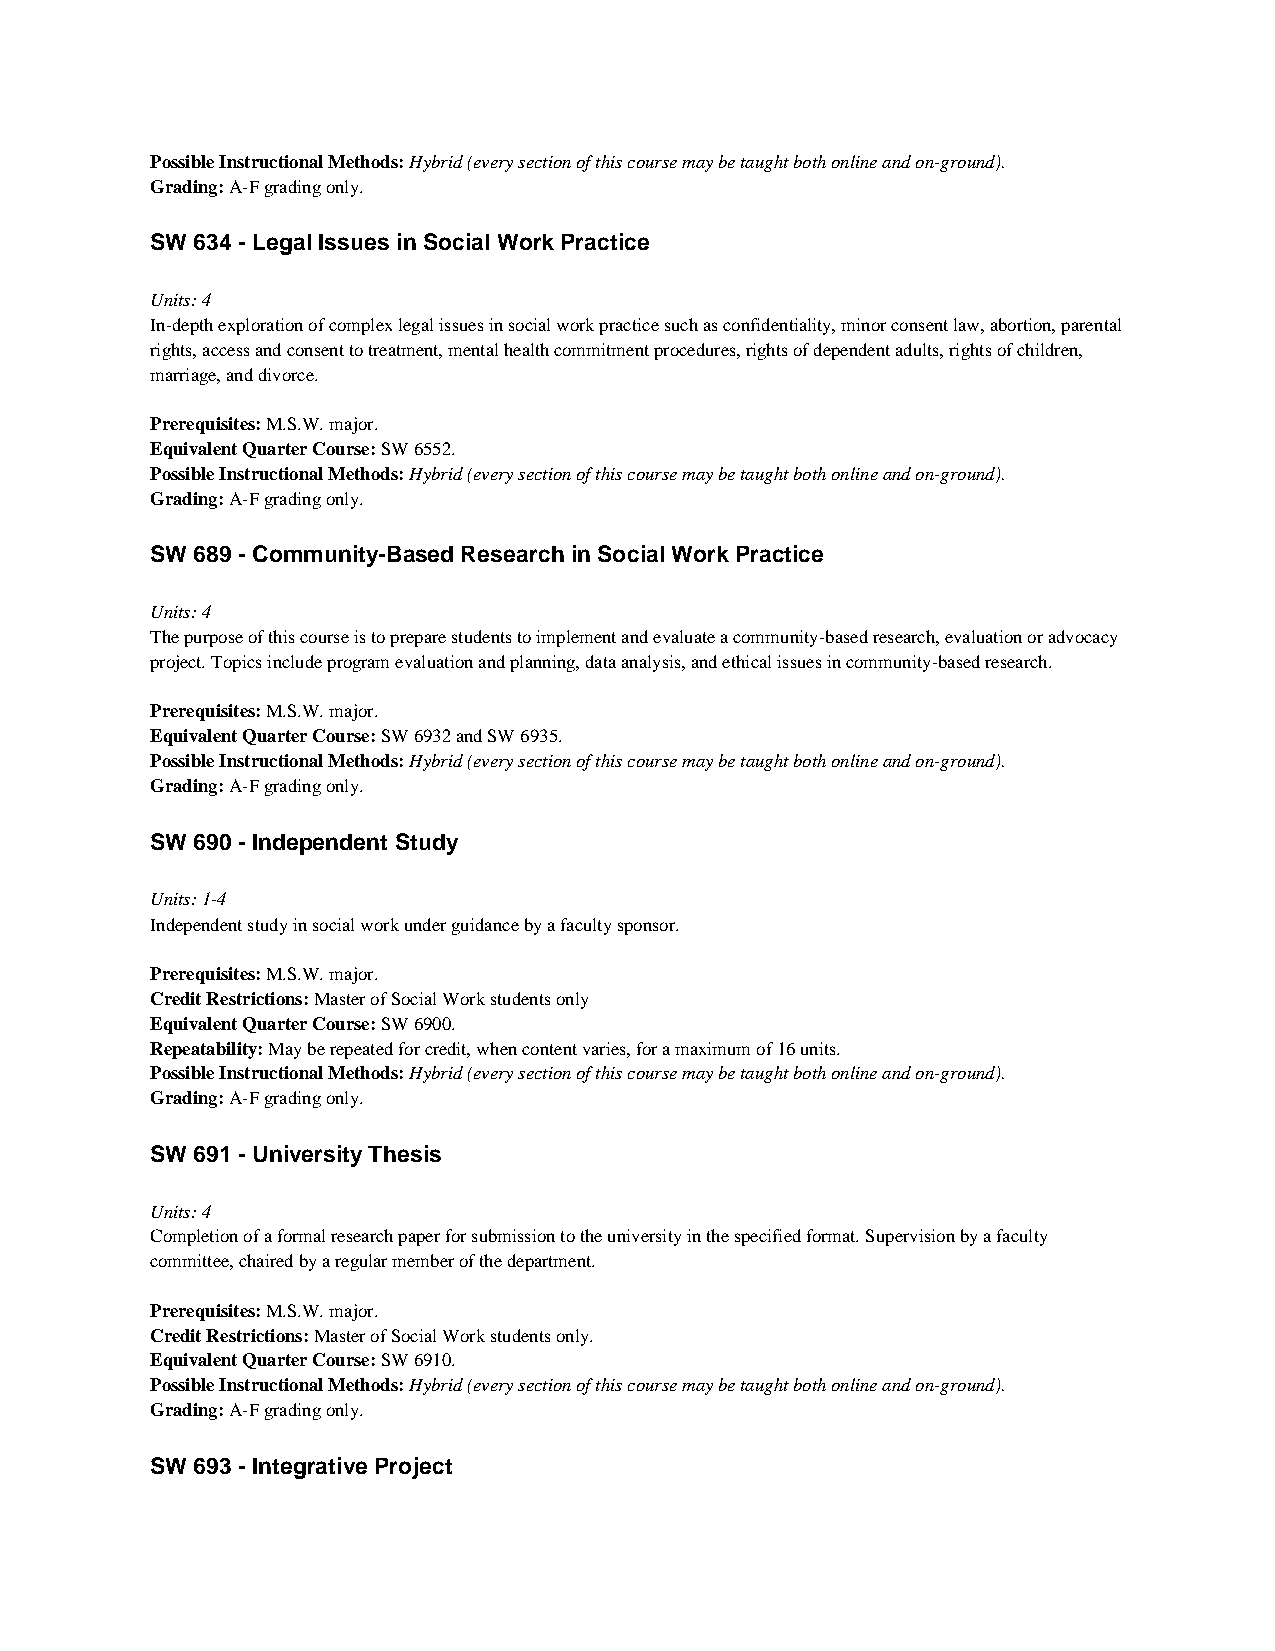
Possible Instructional Methods: Hybrid (every section of this course may be taught both online and on-ground).
 Grading: A-F grading only.
 SW 634 - Legal Issues in Social Work Practice
 Units: 4
 In-depth exploration of complex legal issues in social work practice such as confidentiality, minor consent law, abortion, parental
 rights, access and consent to treatment, mental health commitment procedures, rights of dependent adults, rights of children,
 marriage, and divorce.
 Prerequisites: M.S.W. major.
 Equivalent Quarter Course: SW 6552.
 Possible Instructional Methods: Hybrid (every section of this course may be taught both online and on-ground).
 Grading: A-F grading only.
 SW 689 - Community-Based Research in Social Work Practice
 Units: 4
 The purpose of this course is to prepare students to implement and evaluate a community-based research, evaluation or advocacy
 project. Topics include program evaluation and planning, data analysis, and ethical issues in community-based research.
 Prerequisites: M.S.W. major.
 Equivalent Quarter Course: SW 6932 and SW 6935.
 Possible Instructional Methods: Hybrid (every section of this course may be taught both online and on-ground).
 Grading: A-F grading only.
 SW 690 - Independent Study
 Units: 1-4
 Independent study in social work under guidance by a faculty sponsor.
 Prerequisites: M.S.W. major.
 Credit Restrictions: Master of Social Work students only
 Equivalent Quarter Course: SW 6900.
 Repeatability: May be repeated for credit, when content varies, for a maximum of 16 units.
 Possible Instructional Methods: Hybrid (every section of this course may be taught both online and on-ground).
 Grading: A-F grading only.
 SW 691 - University Thesis
 Units: 4
 Completion of a formal research paper for submission to the university in the specified format. Supervision by a faculty
 committee, chaired by a regular member of the department.
 Prerequisites: M.S.W. major.
 Credit Restrictions: Master of Social Work students only.
 Equivalent Quarter Course: SW 6910.
 Possible Instructional Methods: Hybrid (every section of this course may be taught both online and on-ground).
 Grading: A-F grading only.
 SW 693 - Integrative Project